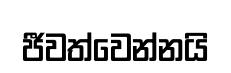
ජීවත්වෙන්නයි